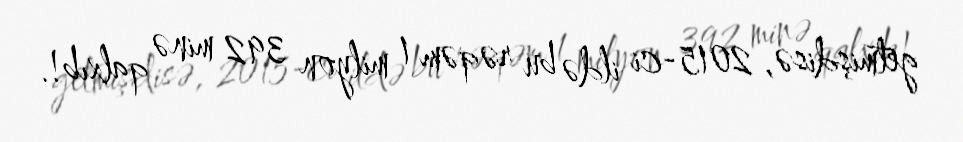
getmişdisə, 2015-ci ildə bu rəqəm 1 milyon 392 minə qalxıb!.